Lunatic asylums Madras 1877-1891 - 1877-1891
Year: 1877
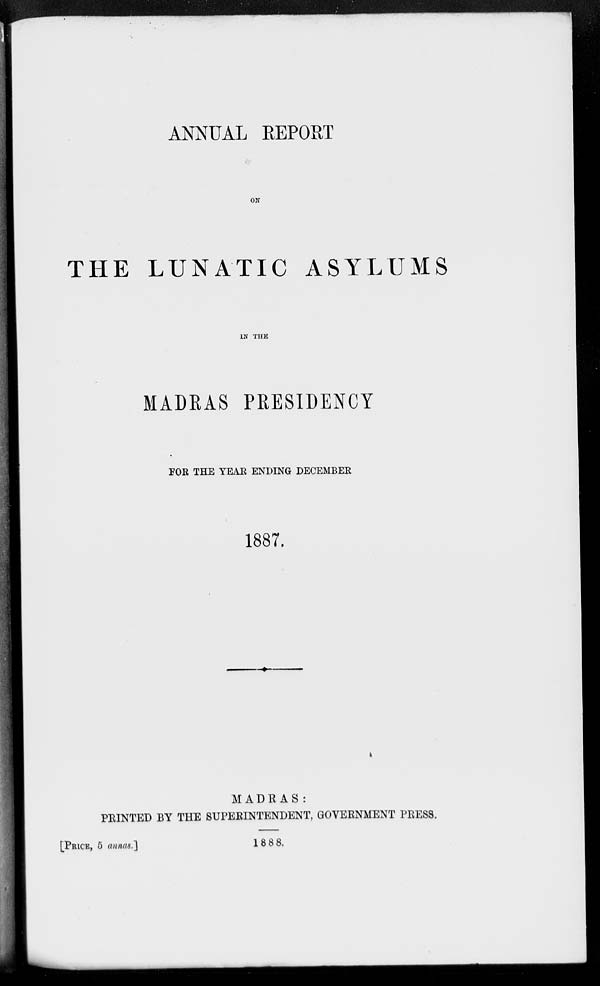
ANNUAL REPORT
ON
THE LUNATIC ASYLUMS
IN THE
MADRAS PRESIDENCY
FOR THE YEAR ENDING DECEMBER
1887.
MADRAS :
PRINTED BY THE SUPERINTENDENT, GOVERNMENT PRESS.
[PRICE, 5 annas.]
1888.